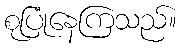
စုပြုံနေကြသည်။